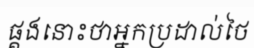
ផ្គងនោះថាអ្នកប្រដាល់ថៃ